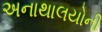
અનાથાલયોની